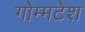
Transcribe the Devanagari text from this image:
गोम्मटेश